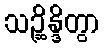
သဉ္ဆိန္ဒိတွာ